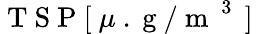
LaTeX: \mathrm{~T~S~P~[~}\mu\mathrm{~.~g~/~m~}^{\mathrm{~3~}}\mathrm{~]~}